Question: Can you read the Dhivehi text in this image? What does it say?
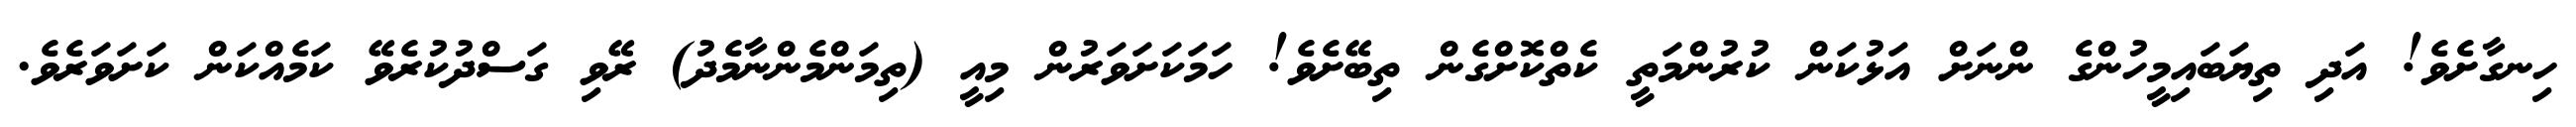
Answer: ހިނގާށެވެ! އަދި ތިޔަބައިމީހުންގެ ންނަށް އަޅުކަން ކުރުންމަތީ ކެތްކޮށްގެން ތިބޭށެވެ! ހަމަކަށަވަރުން މިއީ (ތިމަންމެންނާމެދު) ރޭވި ގަސްދުކުރެވޭ ކަމެއްކަން ކަށަވަރެވެ.